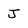
Character: J